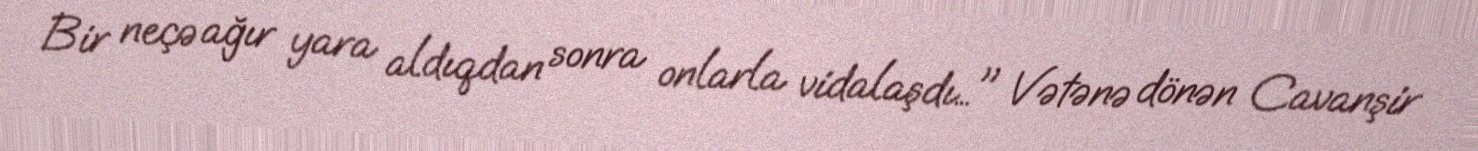
Bir neçə ağır yara aldıqdan sonra onlarla vidalaşdı…" Vətənə dönən Cavanşir